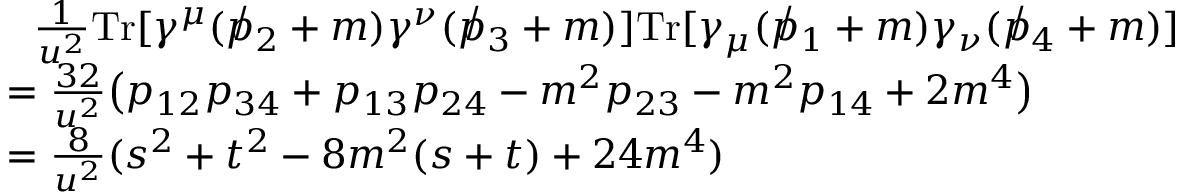
{ \begin{array} { r l } & { ~ ~ { \frac { 1 } { u ^ { 2 } } } \mathrm { T r } [ \gamma ^ { \mu } ( \not p _ { 2 } + m ) \gamma ^ { \nu } ( \not p _ { 3 } + m ) ] \mathrm { T r } [ \gamma _ { \mu } ( \not p _ { 1 } + m ) \gamma _ { \nu } ( \not p _ { 4 } + m ) ] } \\ & { = { \frac { 3 2 } { u ^ { 2 } } } { \big ( } p _ { 1 2 } p _ { 3 4 } + p _ { 1 3 } p _ { 2 4 } - m ^ { 2 } p _ { 2 3 } - m ^ { 2 } p _ { 1 4 } + 2 m ^ { 4 } { \big ) } } \\ & { = { \frac { 8 } { u ^ { 2 } } } ( s ^ { 2 } + t ^ { 2 } - 8 m ^ { 2 } ( s + t ) + 2 4 m ^ { 4 } ) } \end{array} }